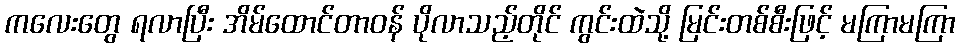
ကလေးတွေ ရလာပြီး အိမ်ထောင်တာဝန် ပိုလာသည့်တိုင် ကွင်းထဲသို့ မြင်းတစ်စီးဖြင့် မကြာမကြာ